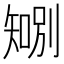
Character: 𪿍